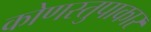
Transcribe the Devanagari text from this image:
कोणस्तुपाकार